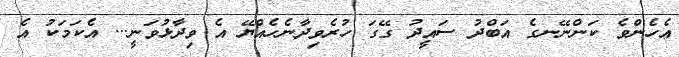
އެހެންވެ ކަންނޭނގެ އަބްދު ސައީދު ގޭގަ ހުރެވިދާނެހެއްޔޭ އެ ވިދާޅުވަނީ... އެކަމަކު އެ